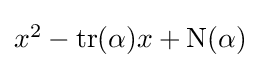
\textstyle x^{2}-\mathrm {tr} (\alpha )x+\mathrm {N} (\alpha )